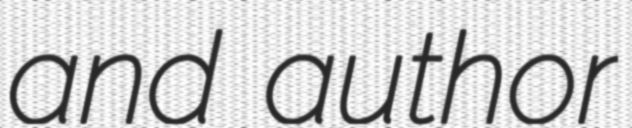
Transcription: and author